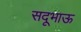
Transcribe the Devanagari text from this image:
सदूभाऊ